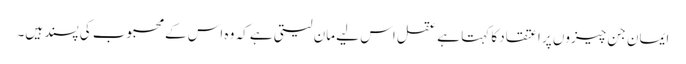
ایمان جن چیزوں پر اعتقاد کا کہتا ہے عقل اس لیے مان لیتی ہے کہ وہ اس کے محبوب کی پسند ہیں۔